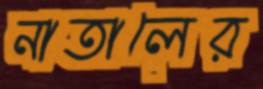
নাতালের